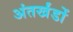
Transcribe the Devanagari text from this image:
अंतर्खंडों